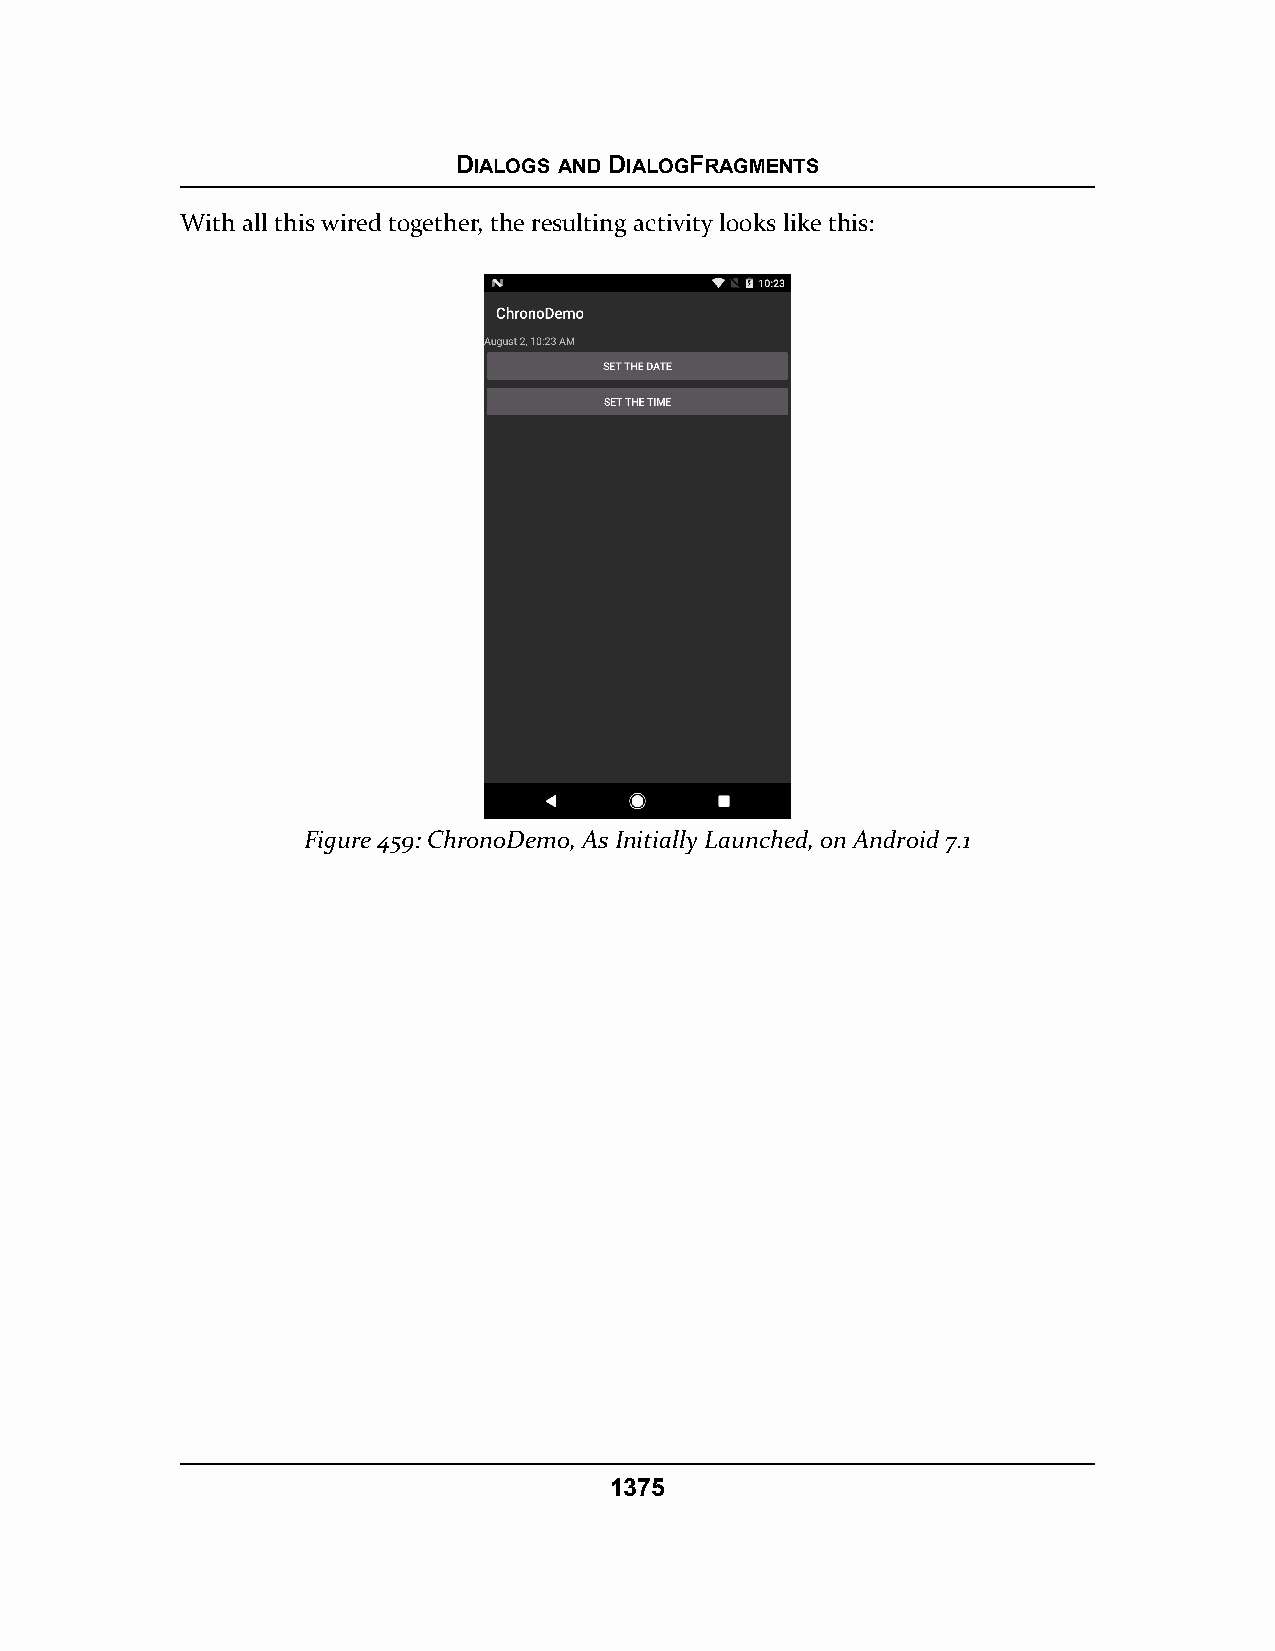
DIALOGS AND DIALOGFRAGMENTS
 With all this wired together, the resulting activity looks like this:
 Figure 459: ChronoDemo, As Initially Launched, on Android 7.1
 1375